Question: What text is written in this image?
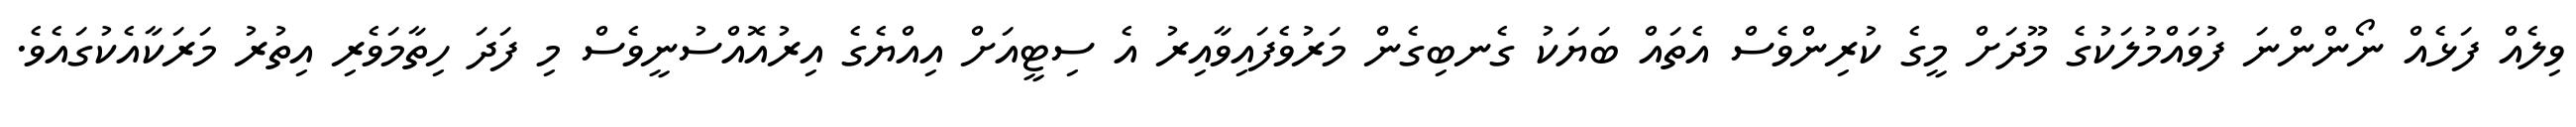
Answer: ވިލެއް ފަޅެއް ނޯންންނަ ފުވައްމުލަކުގެ މޫދަށް މީގެ ކުރިންވެސް އެތައް ބަޔަކު ގެނބިގެން މަރުވެފައިވާއިރު އެ ސިޓީއަށް އިއްޔެގެ އިރުއޮއްސުނީވެސް މި ފަދަ ހިތާމަވެރި އިތުރު މަރަކާއެކުގައެވެ.